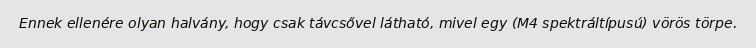
Ennek ellenére olyan halvány, hogy csak távcsővel látható, mivel egy (M4 spektráltípusú) vörös törpe.